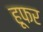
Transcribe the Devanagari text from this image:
हूफर